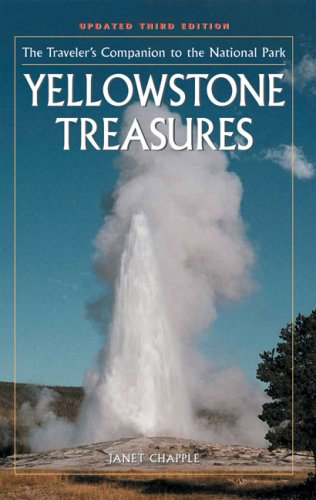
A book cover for Yellowstone Treasures: The Traveler's Companion to the National Park; Janet Chapple; Travel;